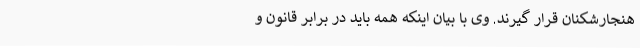
هنجارشکنان قرار گیرند. وی با بیان اینکه همه باید در برابر قانون و